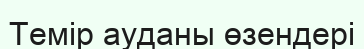
Темір ауданы өзендері